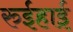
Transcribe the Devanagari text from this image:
रुईहाई